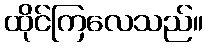
ထိုင်ကြလေသည်။